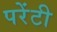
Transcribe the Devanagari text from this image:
परेंटी